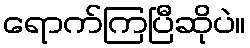
ရောက်ကြပြီဆိုပဲ။